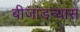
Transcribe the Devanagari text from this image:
बीजांडन्यास